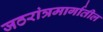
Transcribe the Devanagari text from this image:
जठरांत्रमार्गातील